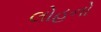
લોહનો